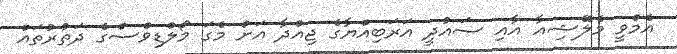
އެމްވީ މެލޭޝިއާ އާއި ސައުދީ އަރަބިއްޔާގެ ޖިއްދާ އަށް މެގަ މޯލްޑިވްސްގެ ދަތުރުތައް